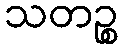
သတဉ္စ